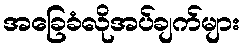
အခြေခံလိုအပ်ချက်များ